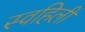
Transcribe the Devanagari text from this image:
स्वहिली